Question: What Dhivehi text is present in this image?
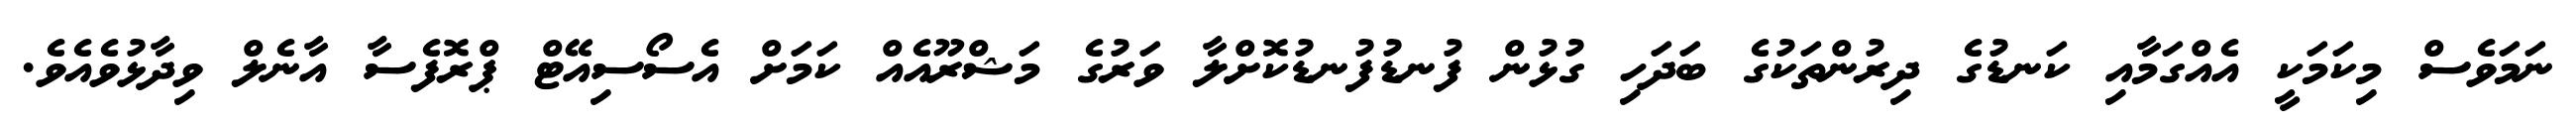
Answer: ނަމަވެސް މިކަމަކީ އެއްގަމާއި ކަނޑުގެ ދިރުންތަކުގެ ބަދަހި ގުޅުން ފުނޑުފުނޑުކޮށްލާ ވަރުގެ މަޝްރޫއެއް ކަމަށް އެސޯސިއޭޓް ޕްރޮފެސާ އާނެލް ވިދާޅުވެއެވެ.